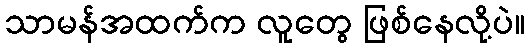
သာမန်အထက်က လူတွေ ဖြစ်နေလို့ပဲ။